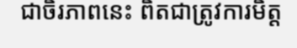
ជាចិរភាពនេះ ពិតជាត្រូវការមិត្ត